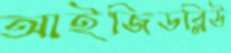
আইজিডব্লিউ